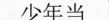
少年当